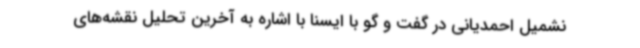
نشمیل احمدیانی در گفت و گو با ایسنا با اشاره به آخرین تحلیل نقشه‌های